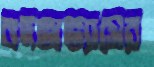
বদঅভ্যাসের